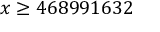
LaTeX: x \geq 4 6 8 9 9 1 6 3 2